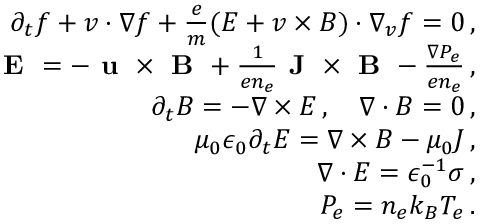
\begin{array} { r l r } & { } & { \partial _ { t } f + \boldsymbol { v } \cdot \nabla f + \frac { e } { m } ( { \boldsymbol E } + \boldsymbol { v } \times { \boldsymbol B } ) \cdot \nabla _ { \boldsymbol { v } } f = 0 \, , } \\ & { } & { \textbf { E } = - \textbf { u } \times \textbf { B } + \frac { 1 } { e n _ { e } } \textbf { J } \times \textbf { B } - \frac { \nabla P _ { e } } { e n _ { e } } \, , } \\ & { } & { \partial _ { t } { \boldsymbol B } = - \nabla \times { \boldsymbol E } \, , \quad \nabla \cdot { \boldsymbol B } = 0 \, , } \\ & { } & { \mu _ { 0 } \epsilon _ { 0 } \partial _ { t } { \boldsymbol E } = \nabla \times { \boldsymbol B } - \mu _ { 0 } { \boldsymbol J } \, , } \\ & { } & { \nabla \cdot { \boldsymbol E } = \epsilon _ { 0 } ^ { - 1 } \sigma \, , } \\ & { } & { P _ { e } = n _ { e } k _ { B } T _ { e } \, . } \end{array}